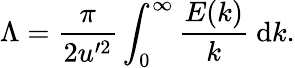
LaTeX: \Lambda=\frac{\pi}{2u^{\prime 2}}\int_{0}^{\infty}\frac{E(k)}{k}\mathrm{~d}k.